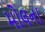
મોલના